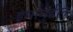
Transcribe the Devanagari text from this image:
इमामुद्दीन